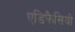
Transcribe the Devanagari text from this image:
एडिफैसियो